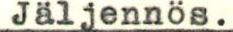
Jäljennös.